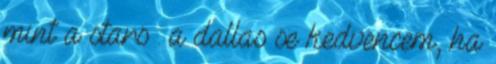
mint a stars : a dallas se kedvencem, ha